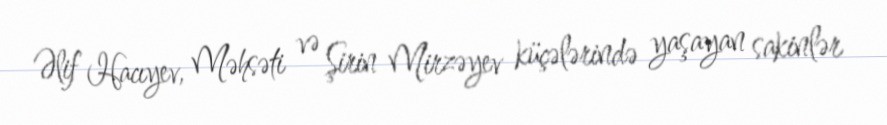
Əlif Hacıyev, Məhsəti və Şirin Mirzəyev küçələrində yaşayan sakinlər